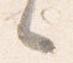
之